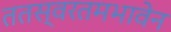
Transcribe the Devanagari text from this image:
ततस्वरतमभावेन